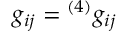
g _ { i j } = { ^ { ( 4 ) } } g _ { i j }